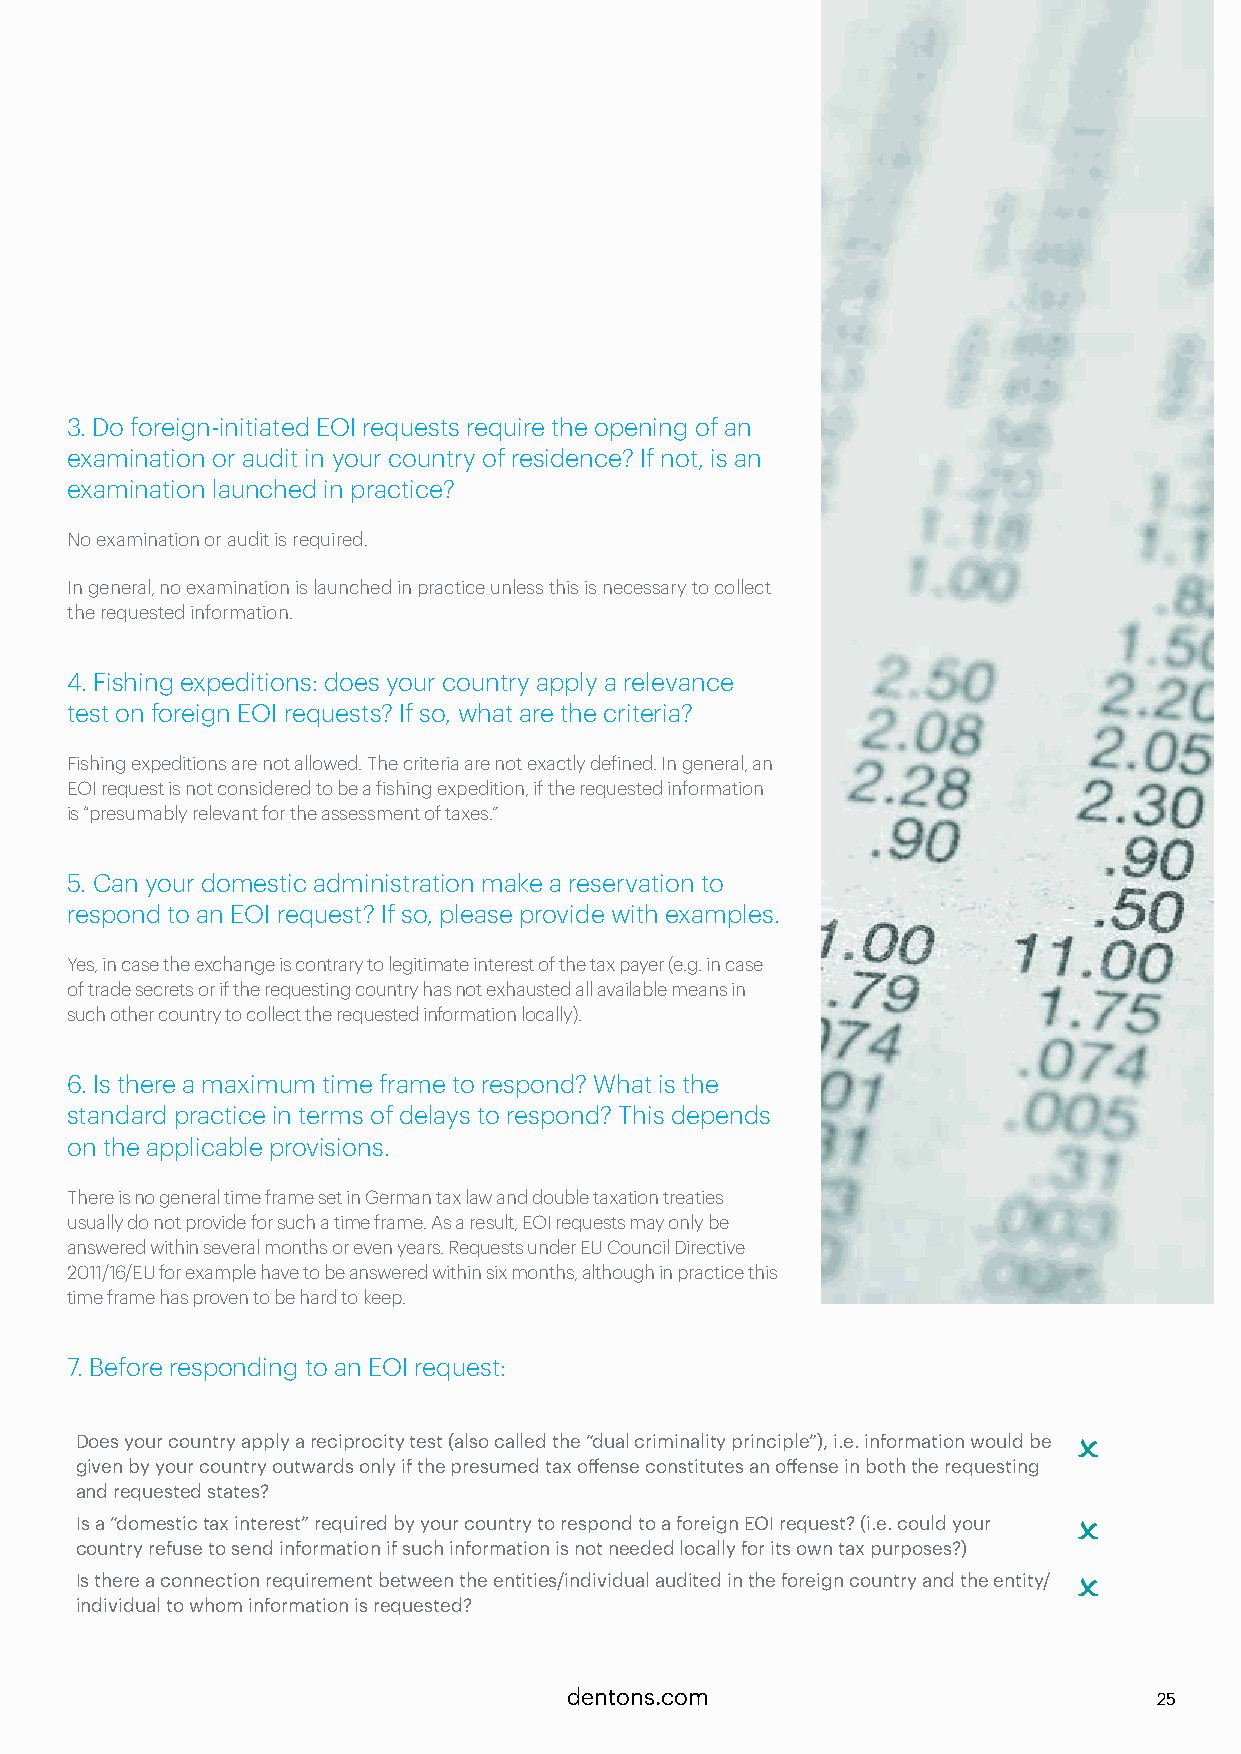
3. Do foreign-initiated EOI requests require the opening of an
 examination or audit in your country of residence? If not, is an
 examination launched in practice?
 No examination or audit is required.
 In general, no examination is launched in practice unless this is necessary to collect
 the requested information.
 4. Fishing expeditions: does your country apply a relevance
 test on foreign EOI requests? If so, what are the criteria?
 Fishing expeditions are not allowed. The criteria are not exactly defined. In general, an
 EOI request is not considered to be a fishing expedition, if the requested information
 is “presumably relevant for the assessment of taxes.”
 5. Can your domestic administration make a reservation to
 respond to an EOI request? If so, please provide with examples.
 Yes, in case the exchange is contrary to legitimate interest of the tax payer (e.g. in case
 of trade secrets or if the requesting country has not exhausted all available means in
 such other country to collect the requested information locally).
 6. Is there a maximum time frame to respond? What is the
 standard practice in terms of delays to respond? This depends
 on the applicable provisions.
 There is no general time frame set in German tax law and double taxation treaties
 usually do not provide for such a time frame. As a result, EOI requests may only be
 answered within several months or even years. Requests under EU Council Directive
 2011/16/EU for example have to be answered within six months, although in practice this
 time frame has proven to be hard to keep.
 7. Before responding to an EOI request:
 Does your country apply a reciprocity test (also called the “dual criminality principle”), i.e. information would be O
 given by your country outwards only if the presumed tax offense constitutes an offense in both the requesting
 and requested states?
 Is a “domestic tax interest” required by your country to respond to a foreign EOI request? (i.e. could your O
 country refuse to send information if such information is not needed locally for its own tax purposes?)
 Is there a connection requirement between the entities/individual audited in the foreign country and the entity/ O
 individual to whom information is requested?
 dentons.com                            25